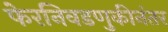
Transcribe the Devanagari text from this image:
फेरनिवडणुकीनंतर